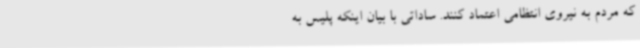
که مردم به نیروی انتظامی اعتماد کنند. ساداتی با بیان اینکه پلیس به